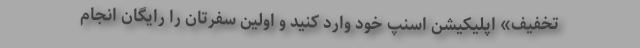
تخفیف» اپلیکیشن اسنپ خود وارد کنید و اولین سفرتان را رایگان انجام